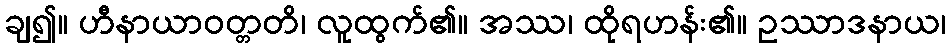
ချ၍။ ဟီနာယာဝတ္တတိ၊ လူထွက်၏။ အဿ၊ ထိုရဟန်း၏။ ဥဿာဒနာယ၊